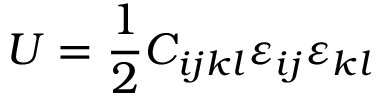
U = { \frac { 1 } { 2 } } C _ { i j k l } \varepsilon _ { i j } \varepsilon _ { k l }